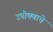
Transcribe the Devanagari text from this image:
उपोषणाचे